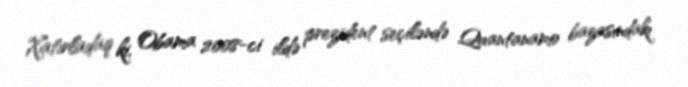
Xatırladaq ki, Obama 2008-ci ildə prezident seçiləndə Quantanamo bazasındakı